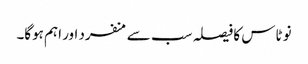
نو ٹاس کا فیصلہ سب سے منفرد اور اہم ہوگا۔